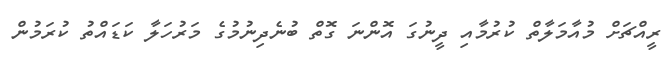
ރީއްޗަށް މުއާމަލާތް ކުރުމާއި ދީނުގަ އޮންނަ ގޮތް ބުނެދިނުމުގެ މަރުހަލާ ކަޑައްތު ކުރަމުން